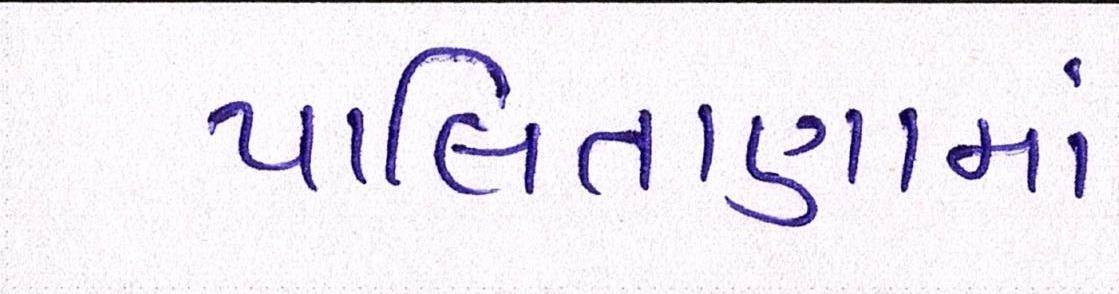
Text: પાલિતાણામાં